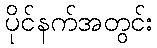
ပိုင်နက်အတွင်း